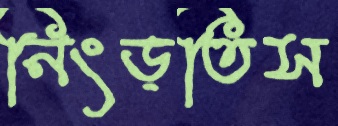
নিংড়তিস